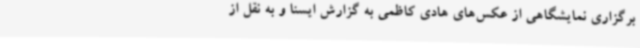
برگزاری نمایشگاهی از عکس‌های هادی کاظمی به گزارش ایسنا و به نقل از